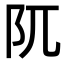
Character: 阢